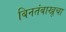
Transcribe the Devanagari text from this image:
बिनतंबाखूचा